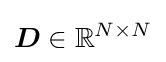
{\boldsymbol {D}}\in \mathbb {R} ^{N\times N}